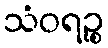
သံဝရဉ္စ